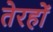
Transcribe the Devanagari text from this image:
तेरहों